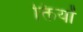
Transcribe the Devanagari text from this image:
क्तियों